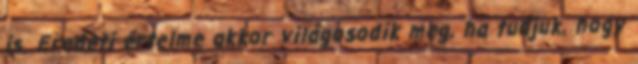
is. Eredeti értelme akkor világosodik meg, ha tudjuk, hogy